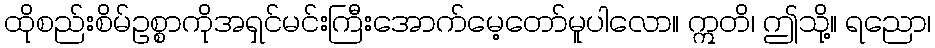
ထိုစည်းစိမ်ဥစ္စာကိုအရှင်မင်းကြီးအောက်မေ့တော်မူပါလော။ ဣတိ၊ ဤသို့။ ရညော၊